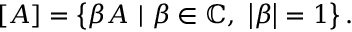
\left[ A \right] = \left\{ \beta A \ | \ \beta \in \mathbb { C } , \ \left\vert \beta \right\vert = 1 \right\} .